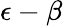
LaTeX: \epsilon-\beta